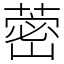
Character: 蔤